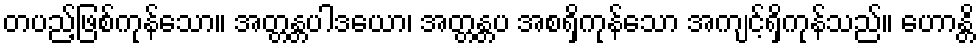
တပည့်ဖြစ်ကုန်သော။ အတ္တန္တပါဒယော၊ အတ္တန္တပ အစရှိကုန်သော အကျင့်ရှိကုန်သည်။ ဟောန္တိ